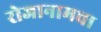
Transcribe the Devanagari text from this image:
रोजानामचा